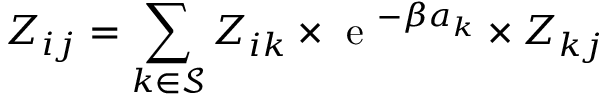
Z _ { i j } = \sum _ { k \in \mathcal { S } } Z _ { i k } \times \textrm { e } ^ { - \beta a _ { k } } \times Z _ { k j }